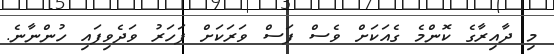
މި ދާއިރާގެ ކޮންމެ ގެއަކަށް ވެސް ފަސް ވަރަކަށް ފަހަރު ވަދެވިފައި ހުންނާނެ.